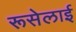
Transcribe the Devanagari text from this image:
रूसेलाई